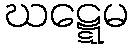
ဃဋ္ဋေမ